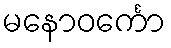
မနောဝင်္ကော